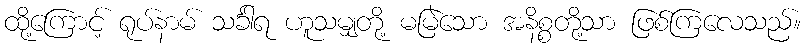
ထို့ကြောင့် ရုပ်နာမ် သင်္ခါရ ဟူသမျှတို့ မမြဲသော အနိစ္စတို့သာ ဖြစ်ကြလေသည်။